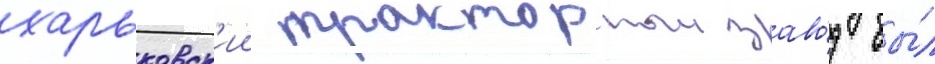
харьковск'ии тракторныи заво́д бы́л